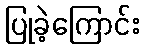
ပြုခဲ့ကြောင်း